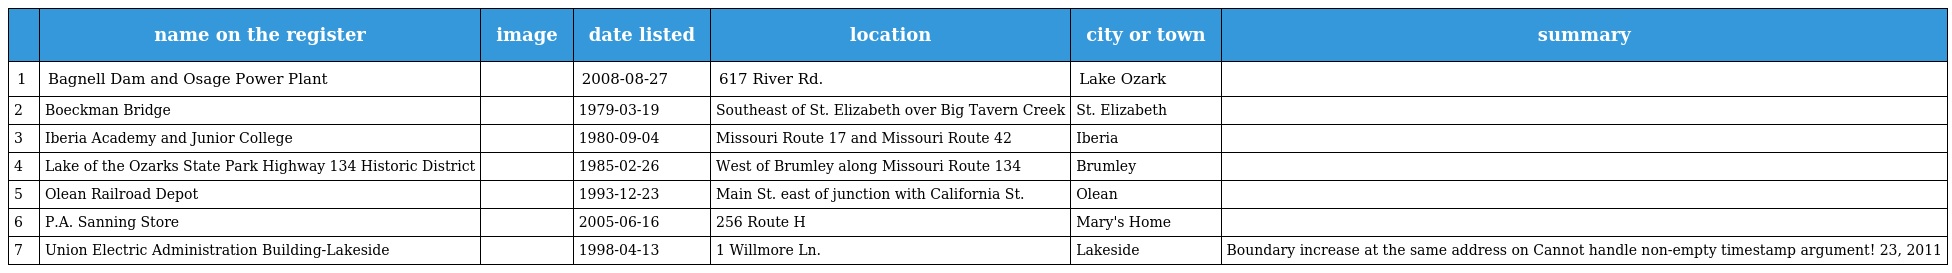
|  | name on the register | image | date listed | location | city or town | summary |
 | --- | --- | --- | --- | --- | --- | --- |
 | 1 | Bagnell Dam and Osage Power Plant |  | 2008-08-27 | 617 River Rd. | Lake Ozark |  |
 | 2 | Boeckman Bridge |  | 1979-03-19 | Southeast of St. Elizabeth over Big Tavern Creek | St. Elizabeth |  |
 | 3 | Iberia Academy and Junior College |  | 1980-09-04 | Missouri Route 17 and Missouri Route 42 | Iberia |  |
 | 4 | Lake of the Ozarks State Park Highway 134 Historic District |  | 1985-02-26 | West of Brumley along Missouri Route 134 | Brumley |  |
 | 5 | Olean Railroad Depot |  | 1993-12-23 | Main St. east of junction with California St. | Olean |  |
 | 6 | P.A. Sanning Store |  | 2005-06-16 | 256 Route H | Mary's Home |  |
 | 7 | Union Electric Administration Building-Lakeside |  | 1998-04-13 | 1 Willmore Ln. | Lakeside | Boundary increase at the same address on Cannot handle non-empty timestamp argument! 23, 2011 |